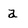
Character: a